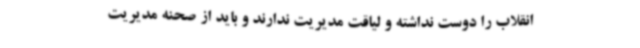
انقلاب را دوست نداشته و لیاقت مدیریت ندارند و باید از صحنه مدیریت